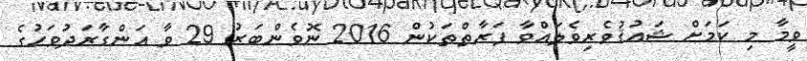
ވީމާ މި ކަމަށް ޝައުޤުވެރިވެލައްވާ ފަރާތްތަކުން 2016 ނޮވެންބަރު 29 ވާ އަންގާރަދުވަހުގެ